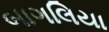
બાગલિયા